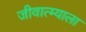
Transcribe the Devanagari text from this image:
जीवात्म्याला